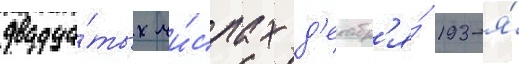
двадца́тых чи́слах д'екабр'я́ 193-я́